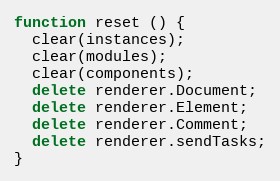
Language: JavaScript
function reset () {
  clear(instances);
  clear(modules);
  clear(components);
  delete renderer.Document;
  delete renderer.Element;
  delete renderer.Comment;
  delete renderer.sendTasks;
}